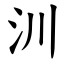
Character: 汌